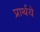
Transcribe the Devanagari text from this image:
प्रार्थये